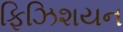
ફિઝિશયન